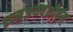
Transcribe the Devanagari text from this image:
इदम्‌अथर्वशीर्षम्‌